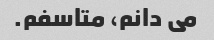
می دانم، متاسفم.